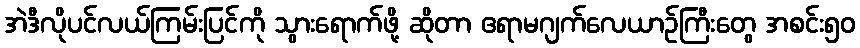
အဲဒီလိုပင်လယ်ကြမ်းပြင်ကို သွားရောက်ဖို့ ဆိုတာ ဧရာမဂျက်လေယာဉ်ကြီးတွေ အစင်း၅၀